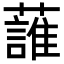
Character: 𧀣